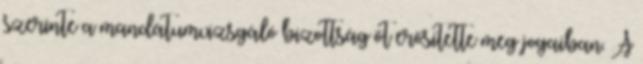
szerinte a mandátumvizsgáló bizottság őt erősítette meg jogaiban. A